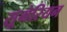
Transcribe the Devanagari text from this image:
सूमेरियन